Report of the Municipal Commissioner on the plague in Bombay for the year ending 31st May... - Volume 1
Disease focus: Plague
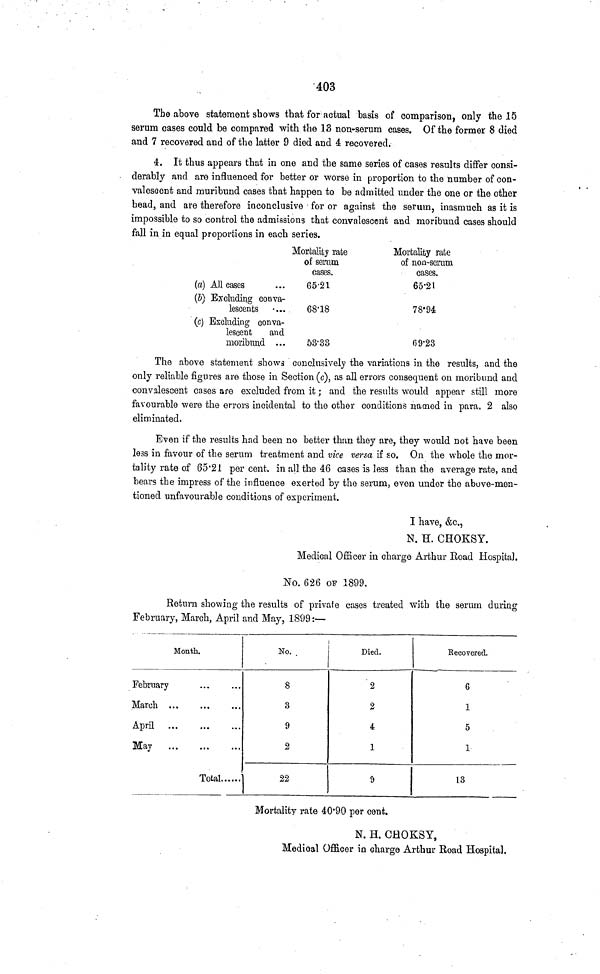
403
The above statement shows that for actual basis of comparison, only the 15
serum cases could be compared with the 13 non-serum cases. Of the former 8 died
and 7 recovered and of the latter 9 died and 4 recovered.
4. It thus appears that in one and the same series of cases results differ consi-
derably and are influenced for better or worse in proportion to the number of con-
valescent and muribund cases that happen to be admitted under the one or the other
head, and are therefore inconclusive for or against the serum, inasmuch as it is
impossible to so control the admissions that convalescent and moribund cases should
fall in in equal proportions in each series.
(a) All cases
(5) Excluding conva-
lescents
(c) Excluding conva-
lescent
and
moribund ...
Mortality rate
of serum
cases.
65-21
68Ί8
53-33
Mortality rate
of non-serum
cases.
65-21
78' 94
09-23
The above statement shows conclusively the variations in the results, and the
only reliable figures are those in Section (c), as all errors consequent on moribund and
convalescent cases are excluded from it; and the results would appear still more
favourable were the errors incidental to the other conditions named in para. 2 also
eliminated.
Even if the results had been no better than they are, they would not have been
less in favour of the serum treatment and vice versa if so. On the whole the mor-
tality rate of 65*21 percent, in all the 46 cases is less than the average rate, and
bears the impress of the influence exerted by the serum, even under the above-men-
tioned unfavourable conditions of experiment.
I
have,
N.
H.
CHOK
Medical Officer in charge Arthur Eoad Hospital.
No. 626 OF 1899.
Return showing the results of private cases treated with the serum during
February, March, April and May, 1899:—
Month.
February
March
April
May
Total
:
No.
8
3
9
2
22
Died.
2
2
4
1
δ
Recovered.
6
1
5
1
13
Mortality rate 40*90 per cent.
Ν. Η. CHOKSY,
Medical Officer in charge Arthur Road Hospital.